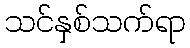
သင်နှစ်သက်ရာ